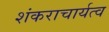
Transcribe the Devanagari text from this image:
शंकराचार्यत्व